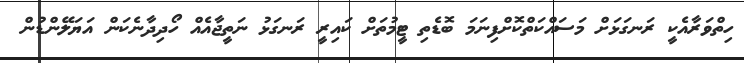
ހިތްވަރާއެކީ ރަނގަޅަށް މަސައްކަތްކޮށްފިނަމަ ބޮޑެތި ޓީމުތަށް ކައިރީ ރަނގަޅު ނަތީޖާއެއް ހޯދިދާނެކަން އަޔަލޭންޑުން